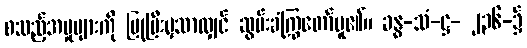
စသည့်အမှုများကို ပြုပြီးမှသာလျှင် ဆွမ်းခံကြွတော်မူ၏။ ခန္ဓ-သံ-ဋ္ဌ- ၂၃၆-၌